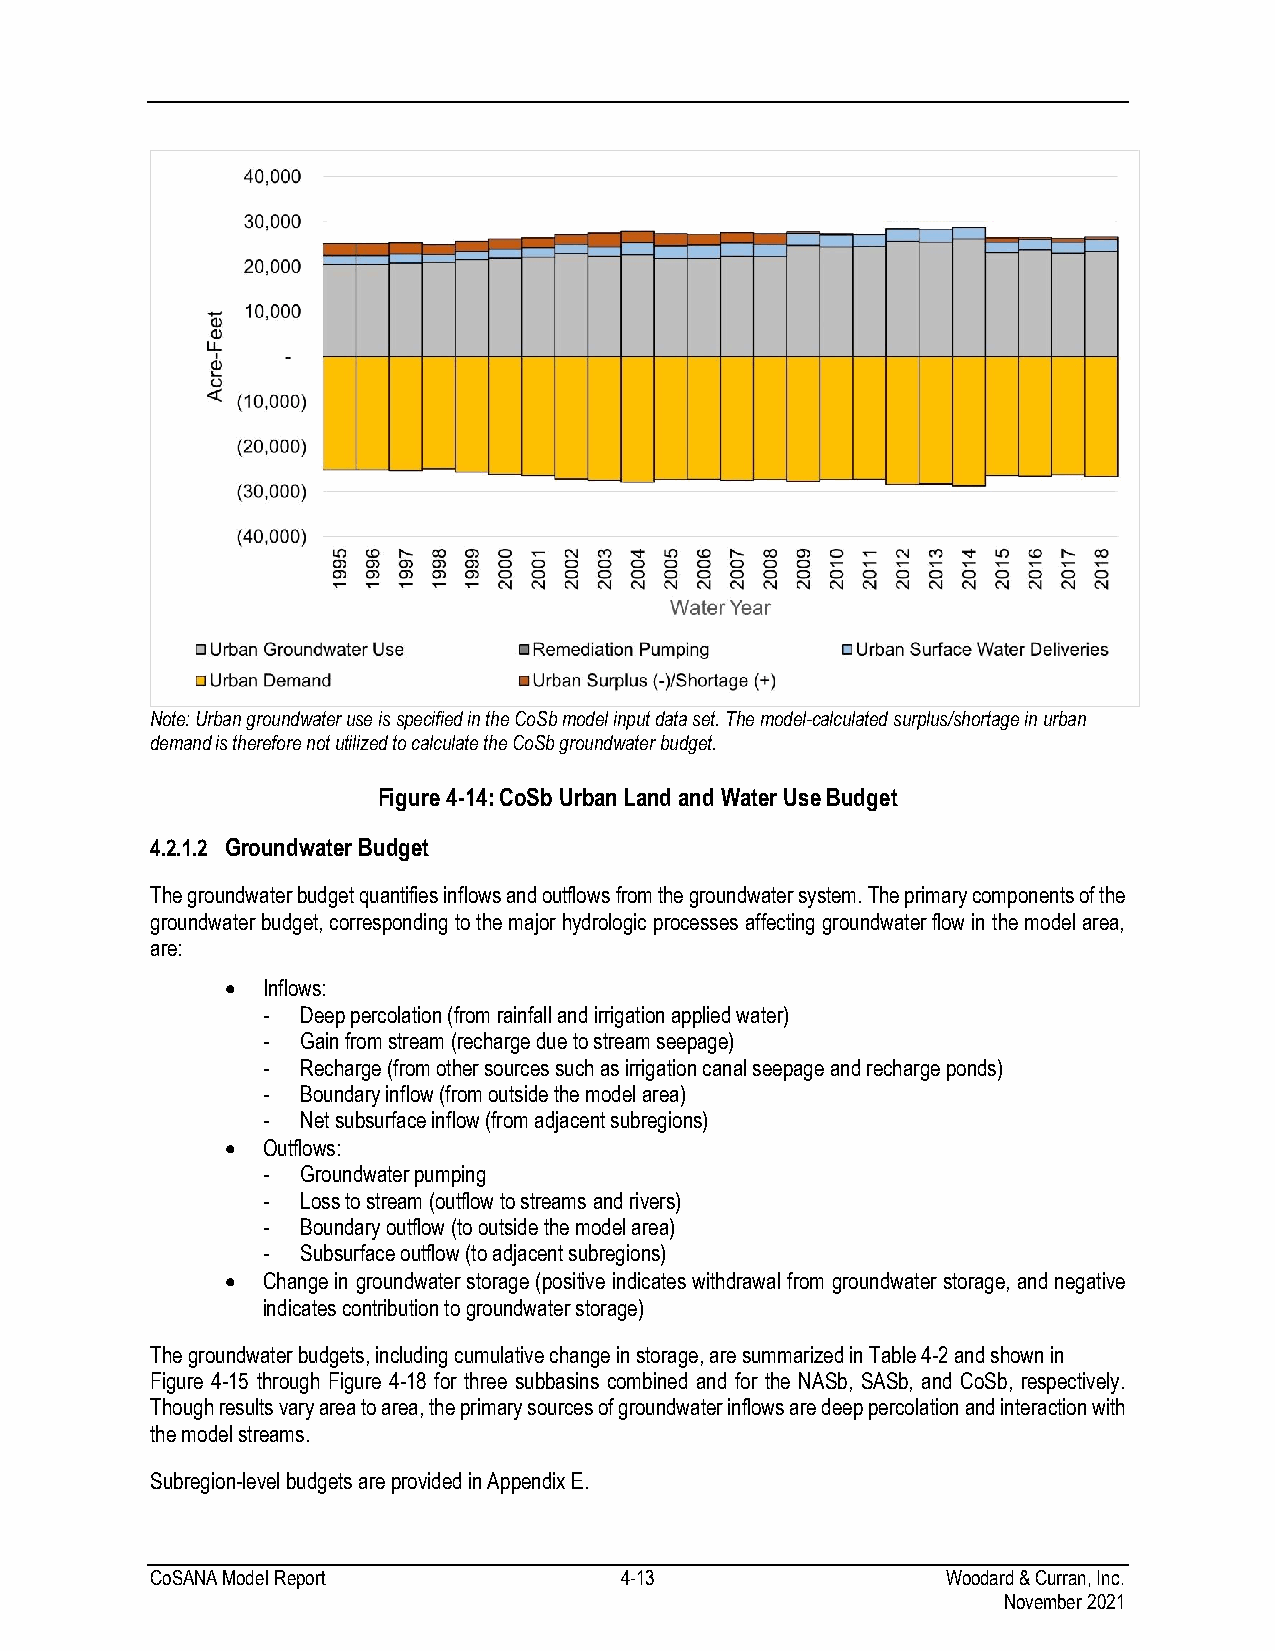
Note: Urban groundwater use is specified in the CoSb model input data set. The model-calculated surplus/shortage in urban
 demand is therefore not utilized to calculate the CoSb groundwater budget.
 Figure 4-14: CoSb Urban Land and Water Use Budget
 4.2.1.2 Groundwater Budget
 The groundwater budget quantifies inflows and outflows from the groundwater system. The primary components of the
 groundwater budget, corresponding to the major hydrologic processes affecting groundwater flow in the model area,
 are:
 • Inflows:
 -  Deep percolation (from rainfall and irrigation applied water)
 -  Gain from stream (recharge due to stream seepage)
 -  Recharge (from other sources such as irrigation canal seepage and recharge ponds)
 -  Boundary inflow (from outside the model area)
 -  Net subsurface inflow (from adjacent subregions)
 • Outflows:
 -  Groundwater pumping
 -  Loss to stream (outflow to streams and rivers)
 -  Boundary outflow (to outside the model area)
 -  Subsurface outflow (to adjacent subregions)
 • Change in groundwater storage (positive indicates withdrawal from groundwater storage, and negative
 indicates contribution to groundwater storage)
 The groundwater budgets, including cumulative change in storage, are summarized in Table 4-2 and shown in
 Figure 4-15 through Figure 4-18 for three subbasins combined and for the NASb, SASb, and CoSb, respectively.
 Though results vary area to area, the primary sources of groundwater inflows are deep percolation and interaction with
 the model streams.
 Subregion-level budgets are provided in Appendix E.
 CoSANA Model Report            4-13                  Woodard & Curran, Inc.
 November 2021